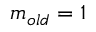
m _ { o l d } = 1